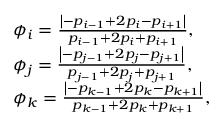
\begin{array} { r l } & { { \phi _ { i } = \frac { \left| - p _ { i - 1 } + 2 p _ { i } - p _ { i + 1 } \right| } { p _ { i - 1 } + 2 p _ { i } + p _ { i + 1 } } , } } \\ & { { \phi _ { j } = \frac { \left| - p _ { j - 1 } + 2 p _ { j } - p _ { j + 1 } \right| } { p _ { j - 1 } + 2 p _ { j } + p _ { j + 1 } } , } } \\ & { { \phi _ { k } = \frac { \left| - p _ { k - 1 } + 2 p _ { k } - p _ { k + 1 } \right| } { p _ { k - 1 } + 2 p _ { k } + p _ { k + 1 } } , } } \end{array}